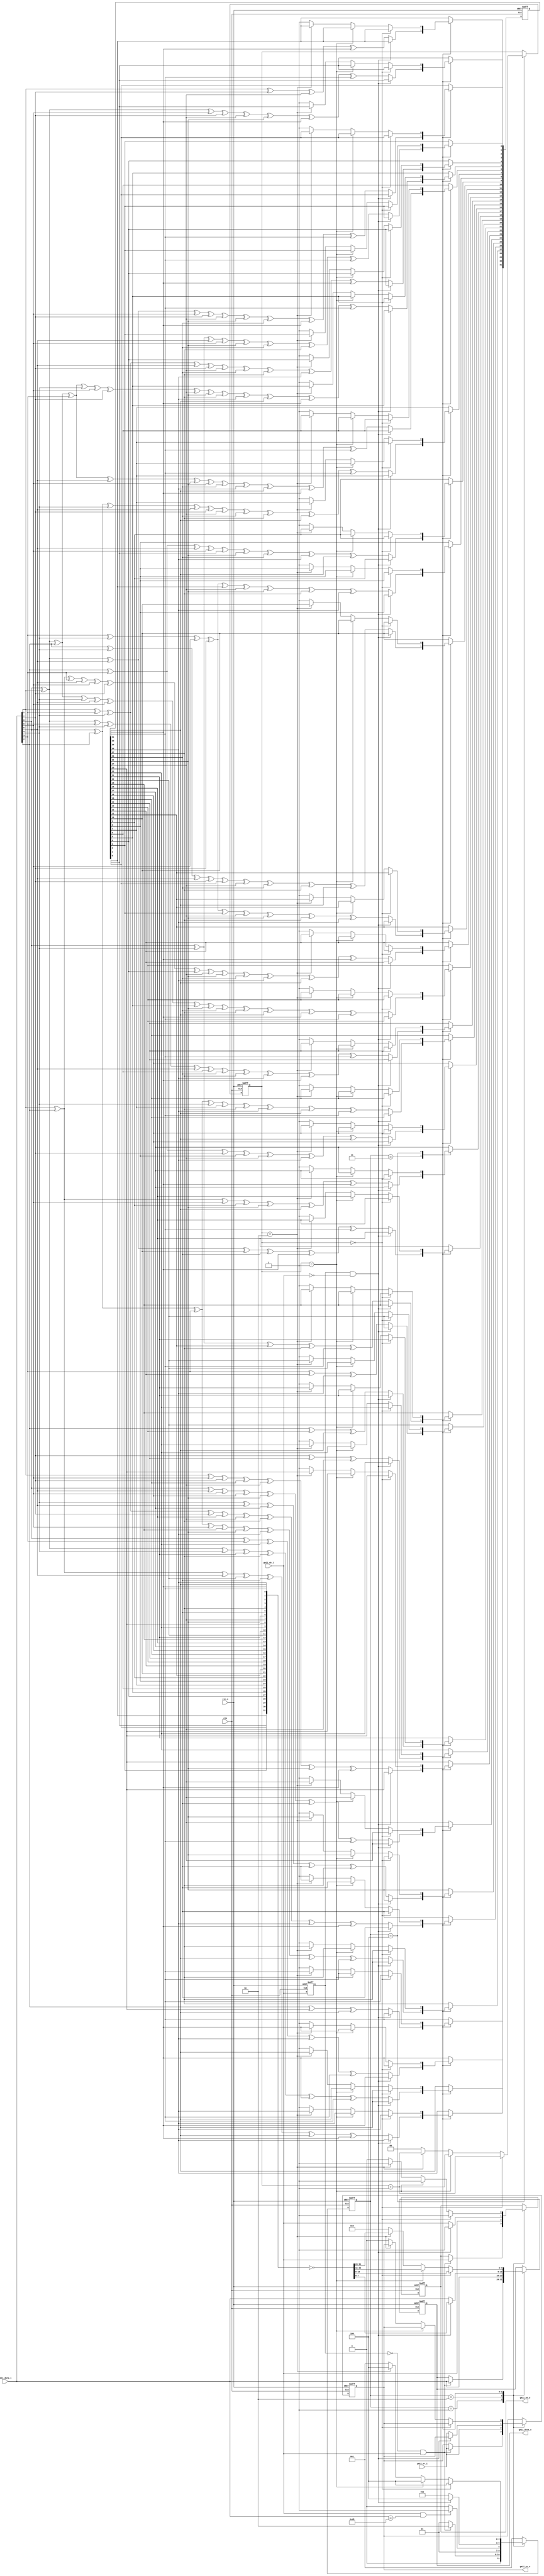
/*
 *  picoTSN_hardware -- Hardware for picoTSN.
 *
 *  Copyright (C) 2021-2021 Junnan Li <lijunnan@nudt.edu.cn>.
 *  Copyright and related rights are licensed under the MIT license.
 *
 *  Data: 2021.08.21
 *  Description: calcultion of CRC checkout code
 *  Noted:
 */

`timescale 1ns/1ps

module gmii_crc_calculate(
    input                 rst_n,
    input                 clk,
    input  wire           gmii_dv_i, 
    input  wire           gmii_er_i, 
    input  wire  [7:0] gmii_data_i, 
    
    output reg            gmii_en_o, 
    output reg            gmii_er_o, 
    output reg   [7:0]  gmii_data_o
    );

////////////////////////////////////////////////////////////////////////////
//        Intermediate variable Declaration
////////////////////////////////////////////////////////////////////////////
    reg            temp_gmii_dv_i;
    wire           dv_pos_edge;
    wire           dv_neg_edge;
    wire   [7:0]   data_in;
    wire   [31:0]  crc_f;
    reg    [31:0]  next_crc;
    wire   [31:0]  lastcrc;
    reg    [1:0]   crc_cnt;
   
    reg    [2:0]   ctrl_state;
    localparam IDLE_S = 3'd1,
               RCV_S  = 3'd2,
               CRC_S  = 3'd3,
               OUT_S  = 3'd4;

////////////////////////////////////////////////////////////////////////////
assign dv_pos_edge =~temp_gmii_dv_i & gmii_dv_i;
assign dv_neg_edge =temp_gmii_dv_i & ~gmii_dv_i;                 

always @ (posedge clk or negedge rst_n) begin
    if(rst_n==1'b0)begin
        temp_gmii_dv_i <= 1'b0;
    end
    else begin
        temp_gmii_dv_i <= gmii_dv_i;
    end
end      

////////////////////////////////////////////////////////////////////////////
//gmii data 
assign data_in ={gmii_data_i[0],gmii_data_i[1],gmii_data_i[2],gmii_data_i[3],gmii_data_i[4],gmii_data_i[5],gmii_data_i[6],gmii_data_i[7]};

assign crc_f ={next_crc[0],next_crc[1],next_crc[2],next_crc[3],next_crc[4],next_crc[5],next_crc[6],next_crc[7],next_crc[8],next_crc[9],
next_crc[10],next_crc[11],next_crc[12],next_crc[13],next_crc[14],next_crc[15],next_crc[16],next_crc[17],next_crc[18],next_crc[19],
next_crc[20],next_crc[21],next_crc[22],next_crc[23],next_crc[24],next_crc[25],next_crc[26],next_crc[27],next_crc[28],next_crc[29],
next_crc[30],next_crc[31]};
assign lastcrc =~crc_f;
always @ (posedge clk or negedge rst_n) begin
    if(rst_n==1'b0)begin
        gmii_en_o <= 1'b0;
        gmii_er_o <= 1'b0;
        gmii_data_o <= 8'b0;
        crc_cnt<= 2'b0;
        next_crc <= 32'hffffffff;
        ctrl_state <= IDLE_S;         
    end
    else begin
        case(ctrl_state)
        IDLE_S:begin        
            if (dv_pos_edge == 1'b1)begin //posedge of "gmii_dv_i" signal
                gmii_data_o <= gmii_data_i;
                gmii_en_o <= gmii_dv_i;
                gmii_er_o <= gmii_er_i;
                ctrl_state <= RCV_S;
            end
            else begin
                ctrl_state <= IDLE_S;      
            end
        end
        RCV_S:begin
			gmii_data_o <= gmii_data_i;
			gmii_en_o <= gmii_dv_i;
			gmii_er_o <= gmii_er_i;
            if((gmii_dv_i == 1'b1)&&(gmii_data_i == 8'hd5))begin//first byte
                ctrl_state <= CRC_S;
            end
            else begin                
                ctrl_state <= RCV_S; 
            end 
        end            
        CRC_S:begin
            if(dv_neg_edge == 1'b1)begin
                gmii_data_o <= lastcrc[7:0];
                gmii_en_o <= 1'b1;
                ctrl_state <= OUT_S;
            end
            else  begin   

                next_crc[0]<=  data_in[6] ^ data_in[0] ^ next_crc[24] ^ next_crc[30];
                next_crc[1]<=  data_in[7] ^ data_in[6] ^ data_in[1] ^ data_in[0] ^ next_crc[24] ^ next_crc[25] ^ next_crc[30] ^ next_crc[31];
                next_crc[2]<=  data_in[7] ^ data_in[6] ^ data_in[2] ^ data_in[1] ^ data_in[0] ^ next_crc[24] ^ next_crc[25] ^ next_crc[26] ^ next_crc[30] ^ next_crc[31];
                next_crc[3]<=  data_in[7] ^ data_in[3] ^ data_in[2] ^ data_in[1] ^ next_crc[25] ^ next_crc[26] ^ next_crc[27] ^ next_crc[31];
                next_crc[4]<=  data_in[6] ^ data_in[4] ^ data_in[3] ^ data_in[2] ^ data_in[0] ^ next_crc[24] ^ next_crc[26] ^ next_crc[27] ^ next_crc[28] ^ next_crc[30];
                next_crc[5]<=  data_in[7] ^ data_in[6] ^ data_in[5] ^ data_in[4] ^ data_in[3] ^ data_in[1] ^ data_in[0] ^ next_crc[24] ^ next_crc[25] ^ next_crc[27] ^ next_crc[28] ^ next_crc[29] ^ next_crc[30] ^ next_crc[31];
                next_crc[6]<=  data_in[7] ^ data_in[6] ^ data_in[5] ^ data_in[4] ^ data_in[2] ^ data_in[1] ^ next_crc[25] ^ next_crc[26] ^ next_crc[28] ^ next_crc[29] ^ next_crc[30] ^ next_crc[31];
                next_crc[7]<=  data_in[7] ^ data_in[5] ^ data_in[3] ^ data_in[2] ^ data_in[0] ^ next_crc[24] ^ next_crc[26] ^ next_crc[27] ^ next_crc[29] ^ next_crc[31];
                next_crc[8]<=  data_in[4] ^ data_in[3] ^ data_in[1] ^ data_in[0] ^ next_crc[0] ^ next_crc[24] ^ next_crc[25] ^ next_crc[27] ^ next_crc[28];
                next_crc[9]<=  data_in[5] ^ data_in[4] ^ data_in[2] ^ data_in[1] ^ next_crc[1] ^ next_crc[25] ^ next_crc[26] ^ next_crc[28] ^ next_crc[29];
                next_crc[10] <= data_in[5] ^ data_in[3] ^ data_in[2] ^ data_in[0] ^ next_crc[2] ^ next_crc[24] ^ next_crc[26] ^ next_crc[27] ^ next_crc[29];
                next_crc[11] <= data_in[4] ^ data_in[3] ^ data_in[1] ^ data_in[0] ^ next_crc[3] ^ next_crc[24] ^ next_crc[25] ^ next_crc[27] ^ next_crc[28];
                next_crc[12] <= data_in[6] ^ data_in[5] ^ data_in[4] ^ data_in[2] ^ data_in[1] ^ data_in[0] ^ next_crc[4] ^ next_crc[24] ^ next_crc[25] ^ next_crc[26] ^ next_crc[28] ^ next_crc[29] ^ next_crc[30];
                next_crc[13] <= data_in[7] ^ data_in[6] ^ data_in[5] ^ data_in[3] ^ data_in[2] ^ data_in[1] ^ next_crc[5] ^ next_crc[25] ^ next_crc[26] ^ next_crc[27] ^ next_crc[29] ^ next_crc[30] ^ next_crc[31];
                next_crc[14] <= data_in[7] ^ data_in[6] ^ data_in[4] ^ data_in[3] ^ data_in[2] ^ next_crc[6] ^ next_crc[26] ^ next_crc[27] ^ next_crc[28] ^ next_crc[30] ^ next_crc[31];
                next_crc[15] <= data_in[7] ^ data_in[5] ^ data_in[4] ^ data_in[3] ^ next_crc[7] ^ next_crc[27] ^ next_crc[28] ^ next_crc[29] ^ next_crc[31];
                next_crc[16] <= data_in[5] ^ data_in[4] ^ data_in[0] ^ next_crc[8] ^ next_crc[24] ^ next_crc[28] ^ next_crc[29];
                next_crc[17] <= data_in[6] ^ data_in[5] ^ data_in[1] ^ next_crc[9] ^ next_crc[25] ^ next_crc[29] ^ next_crc[30];
                next_crc[18] <= data_in[7] ^ data_in[6] ^ data_in[2] ^ next_crc[10] ^ next_crc[26] ^ next_crc[30] ^ next_crc[31];
                next_crc[19] <= data_in[7] ^ data_in[3] ^ next_crc[11] ^ next_crc[27] ^ next_crc[31];
                next_crc[20] <= data_in[4] ^ next_crc[12] ^ next_crc[28];
                next_crc[21] <= data_in[5] ^ next_crc[13] ^ next_crc[29];
                next_crc[22] <= data_in[0] ^ next_crc[14] ^ next_crc[24];
                next_crc[23] <= data_in[6] ^ data_in[1] ^ data_in[0] ^ next_crc[15] ^ next_crc[24] ^ next_crc[25] ^ next_crc[30];
                next_crc[24] <= data_in[7] ^ data_in[2] ^ data_in[1] ^ next_crc[16] ^ next_crc[25] ^ next_crc[26] ^ next_crc[31];
                next_crc[25] <= data_in[3] ^ data_in[2] ^ next_crc[17] ^ next_crc[26] ^ next_crc[27];
                next_crc[26] <= data_in[6] ^ data_in[4] ^ data_in[3] ^ data_in[0] ^ next_crc[18] ^ next_crc[24] ^ next_crc[27] ^ next_crc[28] ^ next_crc[30];
                next_crc[27] <= data_in[7] ^ data_in[5] ^ data_in[4] ^ data_in[1] ^ next_crc[19] ^ next_crc[25] ^ next_crc[28] ^ next_crc[29] ^ next_crc[31];
                next_crc[28] <= data_in[6] ^ data_in[5] ^ data_in[2] ^ next_crc[20] ^ next_crc[26] ^ next_crc[29] ^ next_crc[30];
                next_crc[29] <= data_in[7] ^ data_in[6] ^ data_in[3] ^ next_crc[21] ^ next_crc[27] ^ next_crc[30] ^ next_crc[31];
                next_crc[30] <= data_in[7] ^ data_in[4] ^ next_crc[22] ^ next_crc[28] ^ next_crc[31];
                next_crc[31] <= data_in[5] ^ next_crc[23] ^ next_crc[29];
                
                
                   
                gmii_data_o <= gmii_data_i;//message normal transmission
                gmii_en_o <= gmii_dv_i;
                gmii_er_o <= gmii_er_i; 
                ctrl_state <= CRC_S; 
            end
        end
        OUT_S:begin           
            if(crc_cnt==2'b00) begin
                gmii_en_o <= 1'b1;
                gmii_data_o   <= lastcrc[15:8];
                ctrl_state <= OUT_S;  
                crc_cnt<=crc_cnt+1'b1;
            end
            else if(crc_cnt==2'b01)begin
                gmii_en_o <= 1'b1;
                gmii_data_o   <= lastcrc[23:16];
                crc_cnt<=crc_cnt+1'b1;
                ctrl_state <= OUT_S; 
            end
            else if(crc_cnt==2'b10)begin
                gmii_en_o <= 1'b1;
                gmii_data_o   <= lastcrc[31:24];
                crc_cnt<=crc_cnt+1'b1;
                ctrl_state <= OUT_S; 
            end
            else begin
                gmii_en_o <= 1'b0;
                gmii_er_o <= 1'b0;
                gmii_data_o <= 8'b0;
                crc_cnt<= 2'b0;
                next_crc <= 32'hffffffff;
                ctrl_state <= IDLE_S; 
            end
        end
        default:ctrl_state <= IDLE_S;
       
        endcase 
    end
end


endmodule